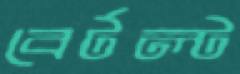
বের্টল্ট